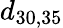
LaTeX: d_{30,35}